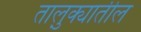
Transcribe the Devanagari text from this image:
तालु़क्यातील